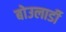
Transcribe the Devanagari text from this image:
बोउलार्डी